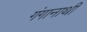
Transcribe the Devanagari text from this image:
गंगानाथी